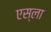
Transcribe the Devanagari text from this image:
एस्ला